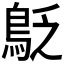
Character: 𪀐